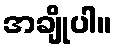
အချိုပါ။